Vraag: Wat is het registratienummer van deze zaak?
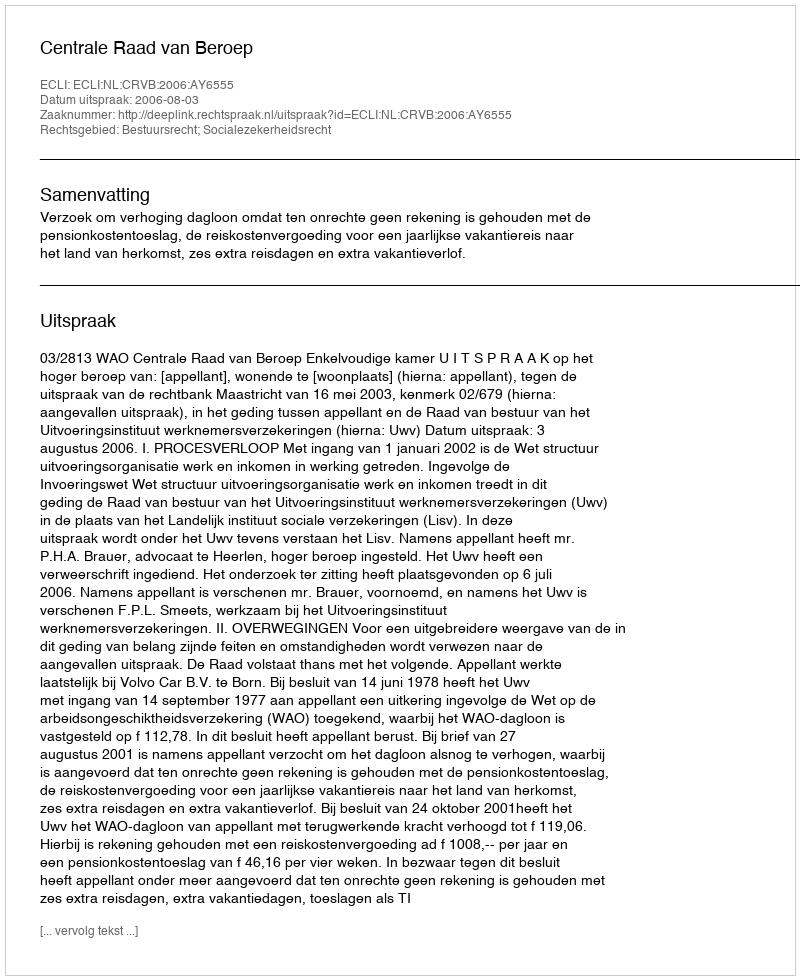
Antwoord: http://deeplink.rechtspraak.nl/uitspraak?id=ECLI:NL:CRVB:2006:AY6555